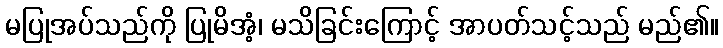
မပြုအပ်သည်ကို ပြုမိအံ့၊ မသိခြင်းကြောင့် အာပတ်သင့်သည် မည်၏။